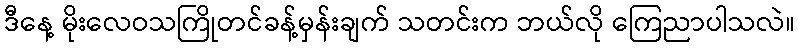
ဒီနေ့ မိုးလေဝသကြိုတင်ခန့်မှန်းချက် သတင်းက ဘယ်လို ကြေညာပါသလဲ။